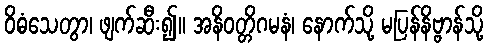
ဝိဓံသေတွာ၊ ဖျက်ဆီး၍။ အနိဝတ္တိဂမနံ၊ နောက်သို့ မပြန်နိဗ္ဗာန်သို့